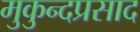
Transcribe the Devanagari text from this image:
मुकुन्दप्रसाद